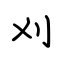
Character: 刈